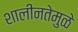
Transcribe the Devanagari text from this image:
शालीनतेमुळे